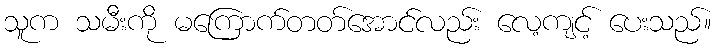
သူက သမီးကို မကြောက်တတ်အောင်လည်း လေ့ကျင့် ပေးသည်။